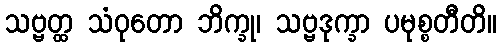
သဗ္ဗတ္ထ သံဝုတော ဘိက္ခု၊ သဗ္ဗဒုက္ခာ ပမုစ္စတီတိ။